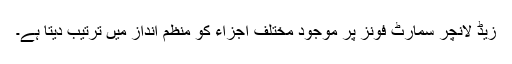
زیڈ لانچر سمارٹ فونز پر موجود مختلف اجزاء کو منظم انداز میں ترتیب دیتا ہے۔